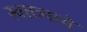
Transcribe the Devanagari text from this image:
स्वतंत्र्याचे